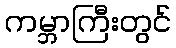
ကမ္ဘာကြီးတွင်